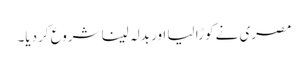
مصری نے کوڑا لیا اور بدلہ لینا شروع کردیا۔